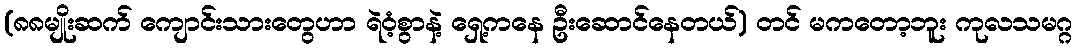
(၈၈မျိုးဆက် ကျောင်းသားတွေဟာ ရဲဝံ့စွာနဲ့ ရှေ့ကနေ ဦးဆောင်နေတယ်) တင် မကတော့ဘူး ကုလသမဂ္ဂ